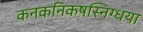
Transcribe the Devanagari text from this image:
कनकनिकषस्निग्धया